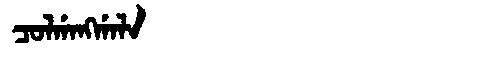
Manchu: ᠴᠣᠯᡤᠠᠩᡤᠠᠯᠠ
Romanization: COLGANGGALA